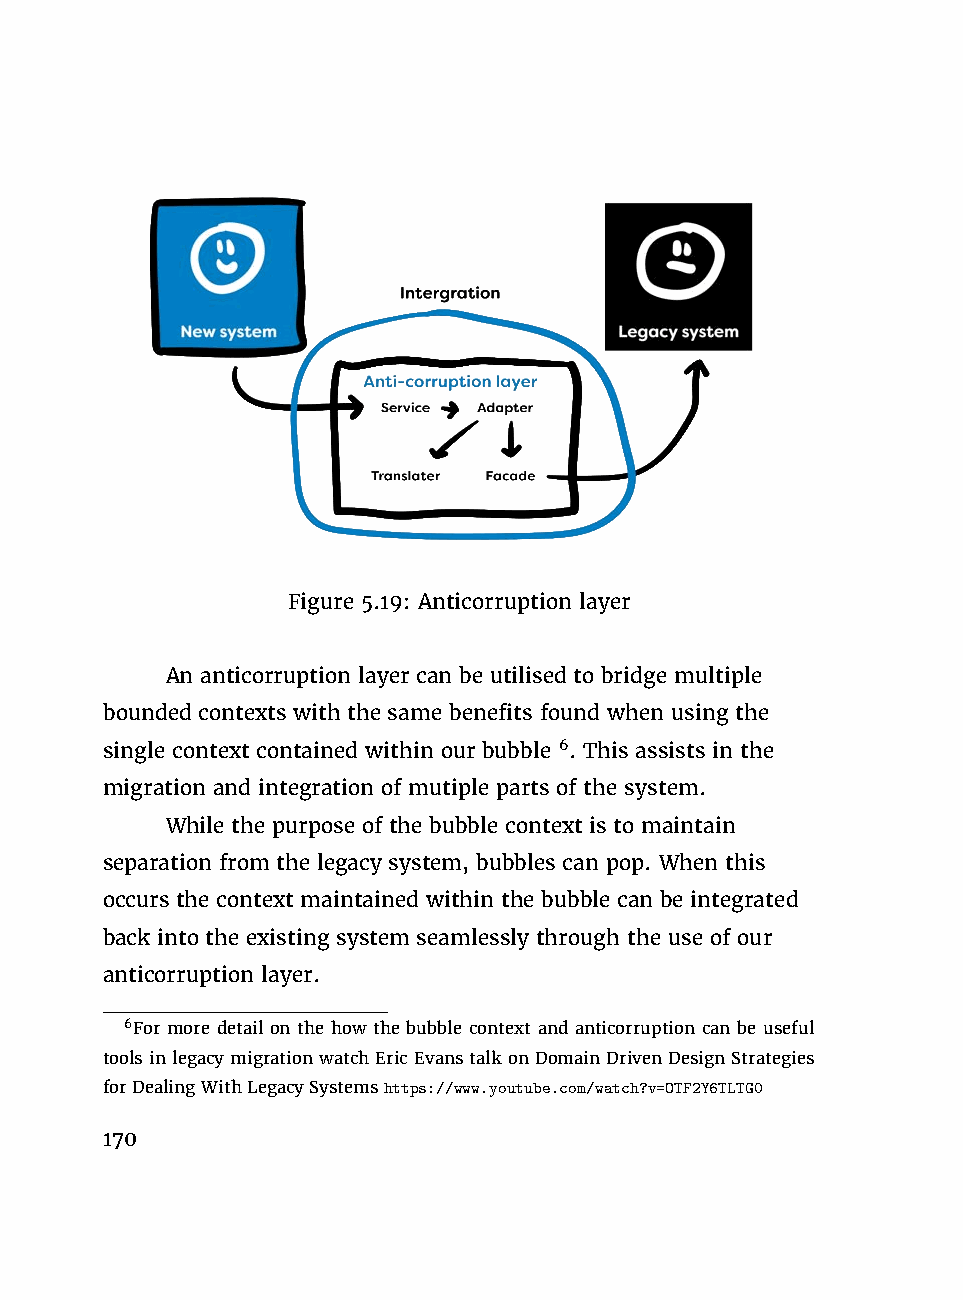
Figure 5.19: Anticorruption layer
 An anticorruption layer can be utilised to bridge multiple
 bounded contexts with the same benefits found when using the
 single context contained within our bubble 6. This assists in the
 migration and integration of mutiple parts of the system.
 While the purpose of the bubble context is to maintain
 separation from the legacy system, bubbles can pop. When this
 occurs the context maintained within the bubble can be integrated
 back into the existing system seamlessly through the use of our
 anticorruption layer.
 6For more detail on the how the bubble context and anticorruption can be useful
 toolsinlegacymigrationwatchEricEvanstalkonDomainDrivenDesignStrategies
 forDealingWithLegacySystemshttps://www.youtube.com/watch?v=OTF2Y6TLTG0
 170